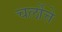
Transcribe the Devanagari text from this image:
चर्लोत्ते